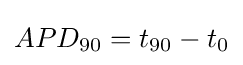
APD_{90}=t_{90}-t_{0}